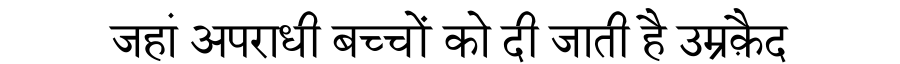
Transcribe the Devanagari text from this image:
जहां अपराधी बच्चों को दी जाती है उम्रक़ैद